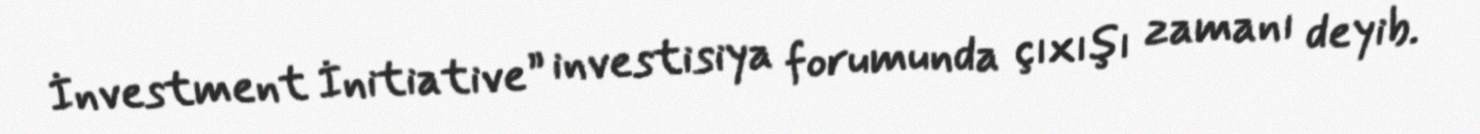
İnvestment İnitiative” investisiya forumunda çıxışı zamanı deyib.